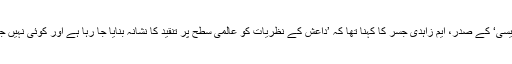
’اسلامک فورم آف ڈیموکریسی‘ کے صدر، ایم زاہدی جسر کا کہنا تھا کہ ’داعش کے نظریات کو عالمی سطح پر تنقید کا نشانہ بنایا جا رہا ہے اور کوئی نہیں جو اس کی حمایت کرتا ہو‘۔